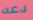
دعه